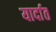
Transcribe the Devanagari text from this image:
यार्दात